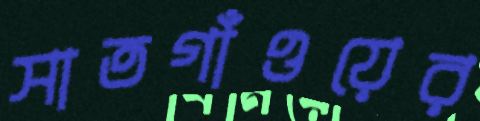
সাতগাঁওয়ের